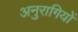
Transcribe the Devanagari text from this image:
अनुरागियों